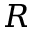
R